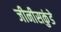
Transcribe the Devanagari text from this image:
जीनीसकुंडे